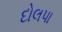
દોલપા